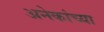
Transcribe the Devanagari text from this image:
अनेकांच्‍या